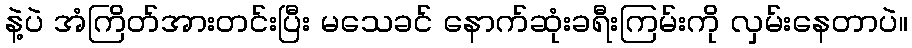
နဲ့ပဲ အံကြိတ်အားတင်းပြီး မသေခင် နောက်ဆုံးခရီးကြမ်းကို လှမ်းနေတာပဲ။